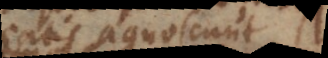
satis agnoscunt